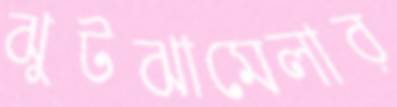
ঝুটঝামেলার